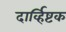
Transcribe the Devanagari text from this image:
दार्व्हिष्टक